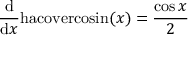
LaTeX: { \frac { \mathrm { d } } { \mathrm { d } x } } \mathrm { h a c o v e r c o s i n } ( x ) = { \frac { \cos { x } } { 2 } }